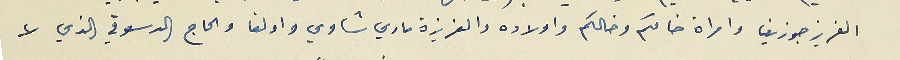
العزيز جوزيف وامراة خالكم وخالكم واولاده والعزيزة ماري شاوي واولغا والحاج الدسوقي الذي لا